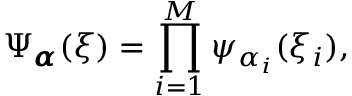
\Psi _ { { \pmb { \alpha } } } ( { \boldsymbol { \xi } } ) = \prod _ { i = 1 } ^ { M } \psi _ { \alpha _ { i } } ( \xi _ { i } ) ,